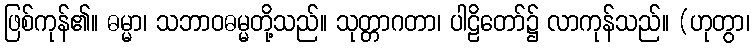
ဖြစ်ကုန်၏။ ဓမ္မာ၊ သဘာဝဓမ္မတို့သည်။ သုတ္တာဂတာ၊ ပါဠိတော်၌ လာကုန်သည်။ (ဟုတွာ၊